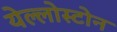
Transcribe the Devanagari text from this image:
येल्लोस्टोन